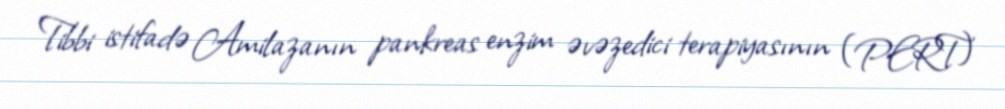
Tibbi istifadə Amilazanın pankreas enzim əvəzedici terapiyasının (PERT)